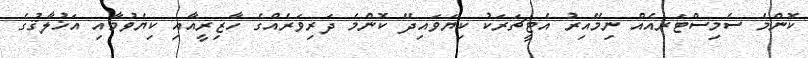
ކޮންމެ ސެމިސްޓަރއެއް ނިމޭއިރު އެޓީޗަރަކު ކިޔަވައިދޭ ކޮންމެ ދަރިވަރެއްގެ ހާޒިރީއާއި ކިޔެވުމާއި އަޚުލާޤުގެ